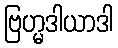
ဗြဟ္မဒါယာဒါ